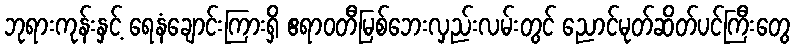
ဘုရားကုန်းနှင့် ရေနံချောင်းကြားရှိ ဧရာဝတီမြစ်ဘေးလှည်းလမ်းတွင် ညောင်မုတ်ဆိတ်ပင်ကြီးတွေ